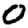
Digit: 0